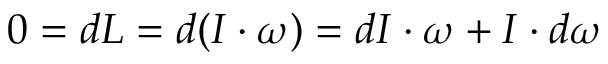
0 = d L = d ( I \cdot \omega ) = d I \cdot \omega + I \cdot d \omega